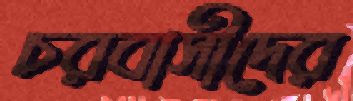
চরবাসীদের